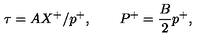
\tau = A X ^ { + } / p ^ { + } , \quad \quad P ^ { + } = \frac { B } { 2 } p ^ { + } ,